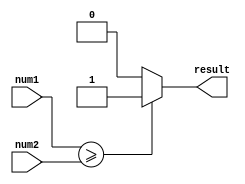
module greater_than_or_equal (
    input [7:0] num1,
    input [7:0] num2,
    output reg result
);

always @(*) begin
    if (num1 >= num2) begin
        result = 1'b1;
    end else begin
        result = 1'b0;
    end
end

endmodule